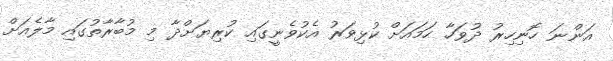
އަންނަ ހޮނިހިރު ދުވަހާ ހަމައަށް ކުޅިވަރު އެކުވެނީގައި ކުރިޔަށްދާ މި މުބާރާތުގައި މާލެއަށް